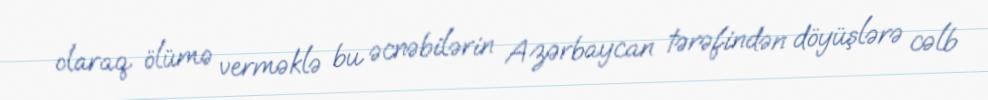
olaraq ölümə verməklə bu əcnəbilərin Azərbaycan tərəfindən döyüşlərə cəlb